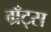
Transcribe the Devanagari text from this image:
ग्रँट्स